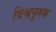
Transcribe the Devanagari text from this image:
विश्वपुरुष